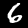
Label: 6